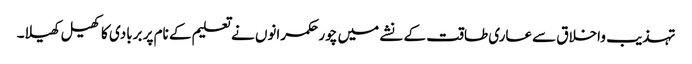
تہذیب واخلاق سےعاری طاقت کے نشے میں چور حکمرانوں نے تعلیم کے نام پر بربادی کاکھیل کھیلا۔